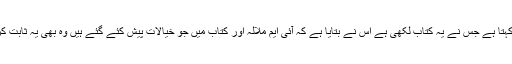
امریکہ سے آنے والا میرا دوست یہ کتاب بھی پڑھ رہا ہے اور ہمیں بھی پڑھا رہا ہے وہ کہتا ہے جس نے یہ کتاب لکھی ہے اس نے بتایا ہے کہ آئی ایم ملالہ اور کتاب میں جو خیالات پیش کئے گئے ہیں وہ بھی یہ ثابت کرتے ہیں کہ وہی اصل ملالہ ہے اور مغرب کو ایسی ہی ملالہ کے امیج کی ضرورت تھی۔